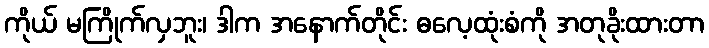
ကိုယ် မကြိုက်လှဘူး၊ ဒါက အနောက်တိုင်း ဓလေ့ထုံးစံကို အတုခိုးထားတာ